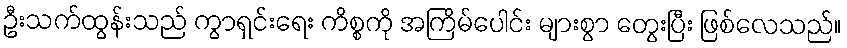
ဦးသက်ထွန်းသည် ကွာရှင်းရေး ကိစ္စကို အကြိမ်ပေါင်း များစွာ တွေးပြီး ဖြစ်လေသည်။